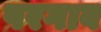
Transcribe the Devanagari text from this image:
परगाव